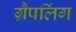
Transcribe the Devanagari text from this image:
ग्रैपलिंग